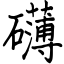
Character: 礴